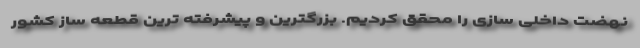
نهضت داخلی سازی را محقق کردیم. بزرگترین و پیشرفته ترین قطعه ساز کشور